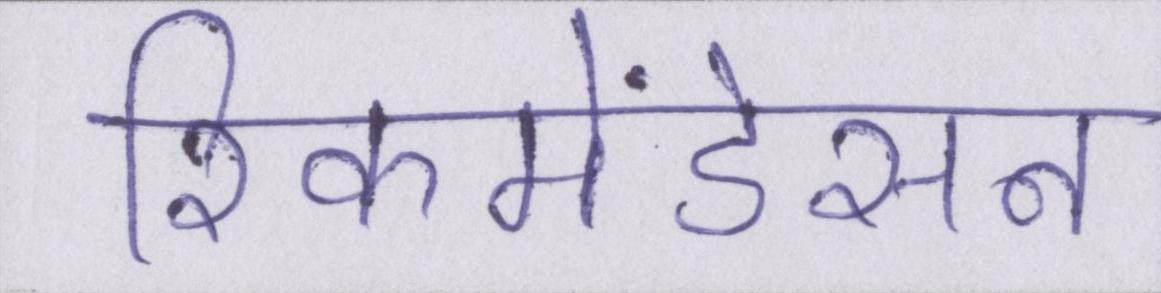
रिकमेंडेसन